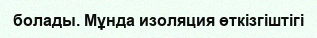
болады. Мұнда изоляция өткізгіштігі